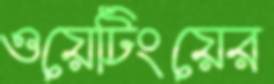
ওয়েটিংয়ের